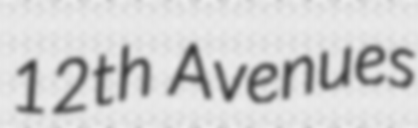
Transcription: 12th Avenues